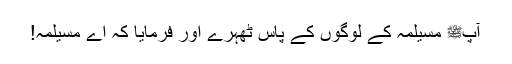
آپﷺ مسیلمہ کے لوگوں کے پاس ٹھہرے اور فرمایا کہ اے مسیلمہ!